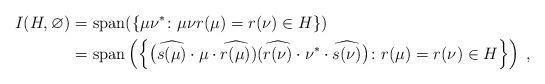
LaTeX: \begin{align*} I(H,\varnothing) = &~ \mathrm{span}(\{ \mu \nu^* \colon \mu \nu r(\mu) = r(\nu) \in H \}) \\ = &~ \mathrm{span} \left( \left\{ \big( \widehat{s(\mu)} \cdot \mu \cdot \widehat{r(\mu)} ) ( \widehat{r(\nu)} \cdot \nu^* \cdot \widehat{s(\nu)} \big) \colon r(\mu) = r(\nu) \in H \right\} \right) \; , \end{align*}